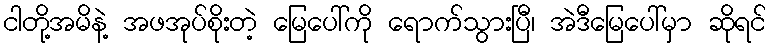
ငါတို့အမိနဲ့ အဖအုပ်စိုးတဲ့ မြေပေါ်ကို ရောက်သွားပြီ၊ အဲဒီမြေပေါ်မှာ ဆိုရင်